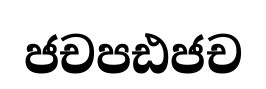
ජචපඪජච